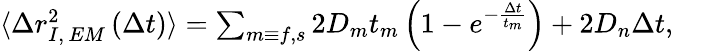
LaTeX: \begin{array}{r}{\langle\Delta r_{I,\, EM}^{2}\left(\Delta t\right)\rangle=\sum_{m\equiv f,s}2D_{m}t_{m}\left(1-e^{-\frac{\Delta t}{t_{m}}}\right)+2D_{n}\Delta t,\; \; \; \; \, }\end{array}